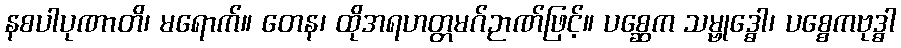
နစပါပုဏာတိ၊ မရောက်။ တေန၊ ထိုအရဟတ္တမဂ်ဉာဏ်ဖြင့်။ ပစ္ဆေက သမ္ဗုဒ္ဓေါ၊ ပစ္စေကဗုဒ္ဓါ